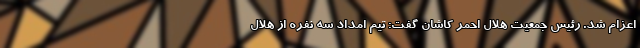
اعزام شد. رئیس جمعیت هلال احمر کاشان گفت: تیم امداد سه نفره از هلال